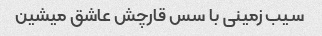
سیب زمینی با سس قارچش عاشق میشین